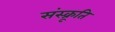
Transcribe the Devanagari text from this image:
संस्क्रूति